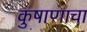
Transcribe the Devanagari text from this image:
कुषाणाचा